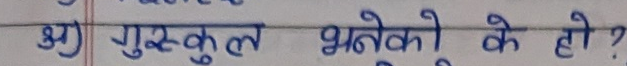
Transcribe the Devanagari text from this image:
भु) गुस्कुल भनेको के हो ?